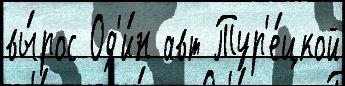
вы́рос Од'и́н авт Тур'е́цкой